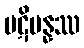
ပဋိပန္နဿ